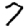
Digit: 7